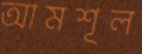
আমশূল